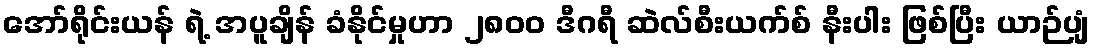
အော်ရိုင်းယန် ရဲ့ အပူချိန် ခံနိုင်မှုဟာ ၂၈၀၀ ဒီဂရီ ဆဲလ်စီးယက်စ် နီးပါး ဖြစ်ပြီး ယာဉ်ပျံ